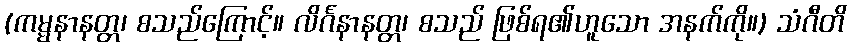
(ကမ္မနာနတ္တ၊ စသည်ကြောင့်။ လိင်္ဂနာနတ္တ၊ စသည် ဖြစ်ရ၏ဟူသော အနက်ကို။) သံဂီတိ